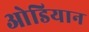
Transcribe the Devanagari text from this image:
ओडियान